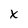
Character: X